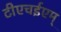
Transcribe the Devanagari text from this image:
टीएचईएम्